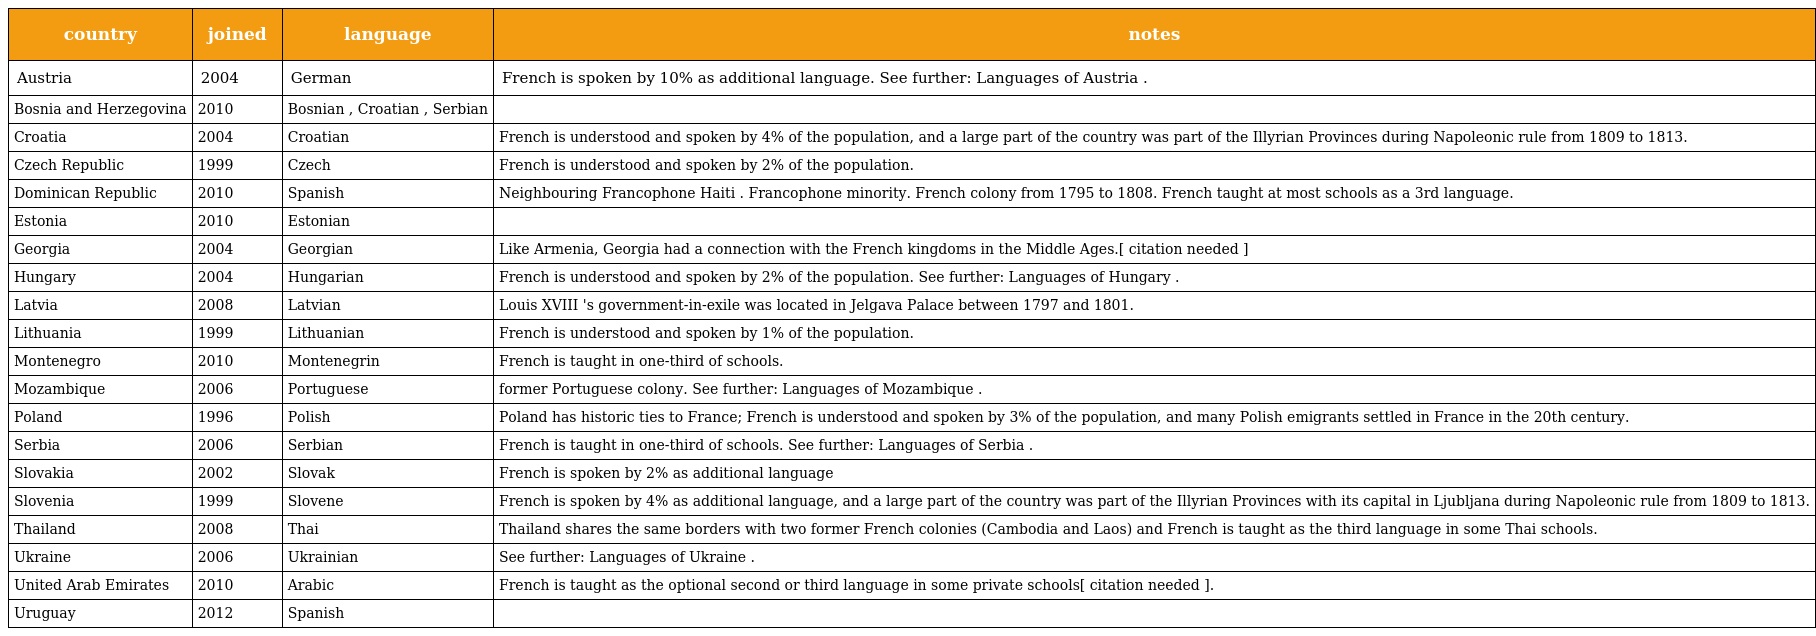
| country | joined | language | notes |
 | --- | --- | --- | --- |
 | Austria | 2004 | German | French is spoken by 10% as additional language. See further: Languages of Austria . |
 | Bosnia and Herzegovina | 2010 | Bosnian , Croatian , Serbian |  |
 | Croatia | 2004 | Croatian | French is understood and spoken by 4% of the population, and a large part of the country was part of the Illyrian Provinces during Napoleonic rule from 1809 to 1813. |
 | Czech Republic | 1999 | Czech | French is understood and spoken by 2% of the population. |
 | Dominican Republic | 2010 | Spanish | Neighbouring Francophone Haiti . Francophone minority. French colony from 1795 to 1808. French taught at most schools as a 3rd language. |
 | Estonia | 2010 | Estonian |  |
 | Georgia | 2004 | Georgian | Like Armenia, Georgia had a connection with the French kingdoms in the Middle Ages.[ citation needed ] |
 | Hungary | 2004 | Hungarian | French is understood and spoken by 2% of the population. See further: Languages of Hungary . |
 | Latvia | 2008 | Latvian | Louis XVIII 's government-in-exile was located in Jelgava Palace between 1797 and 1801. |
 | Lithuania | 1999 | Lithuanian | French is understood and spoken by 1% of the population. |
 | Montenegro | 2010 | Montenegrin | French is taught in one-third of schools. |
 | Mozambique | 2006 | Portuguese | former Portuguese colony. See further: Languages of Mozambique . |
 | Poland | 1996 | Polish | Poland has historic ties to France; French is understood and spoken by 3% of the population, and many Polish emigrants settled in France in the 20th century. |
 | Serbia | 2006 | Serbian | French is taught in one-third of schools. See further: Languages of Serbia . |
 | Slovakia | 2002 | Slovak | French is spoken by 2% as additional language |
 | Slovenia | 1999 | Slovene | French is spoken by 4% as additional language, and a large part of the country was part of the Illyrian Provinces with its capital in Ljubljana during Napoleonic rule from 1809 to 1813. |
 | Thailand | 2008 | Thai | Thailand shares the same borders with two former French colonies (Cambodia and Laos) and French is taught as the third language in some Thai schools. |
 | Ukraine | 2006 | Ukrainian | See further: Languages of Ukraine . |
 | United Arab Emirates | 2010 | Arabic | French is taught as the optional second or third language in some private schools[ citation needed ]. |
 | Uruguay | 2012 | Spanish |  |